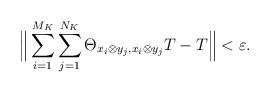
LaTeX: \begin{align*}\Big\|\sum_{i=1}^{M_K}\sum_{j=1}^{N_K} \Theta_{x_i \otimes y_j,x_i \otimes y_j} T - T\Big\| < \varepsilon.\end{align*}